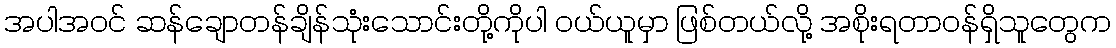
အပါအဝင် ဆန်ချောတန်ချိန်သုံးသောင်းတို့ကိုပါ ဝယ်ယူမှာ ဖြစ်တယ်လို့ အစိုးရတာဝန်ရှိသူတွေက